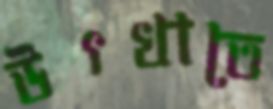
উৎখাতে